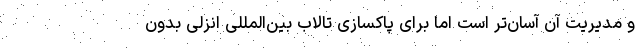
و مدیریت آن آسان‌تر است اما برای پاکسازی تالاب بین‌المللی انزلی بدون